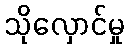
သိုလှောင်မှု